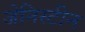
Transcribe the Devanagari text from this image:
जेनिस्टीन